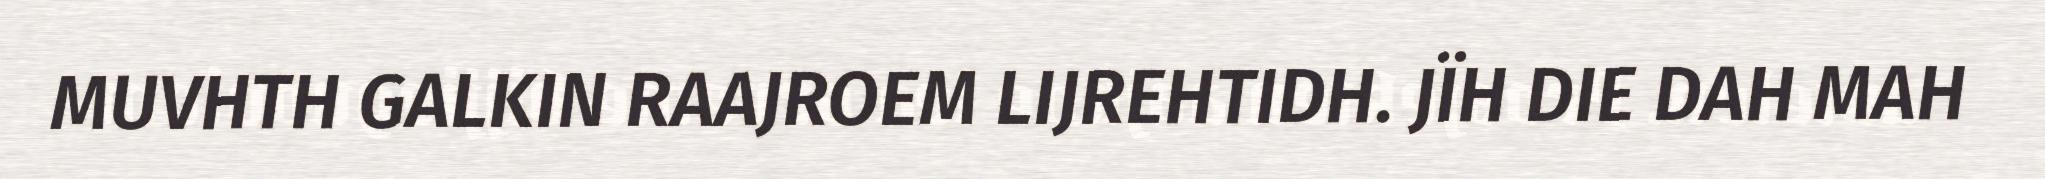
MUVHTH GALKIN RAAJROEM LIJREHTIDH. JÏH DIE DAH MAH